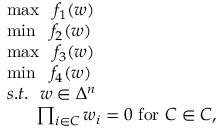
\begin{array} { r l } & { \operatorname* { m a x } ~ ~ f _ { 1 } ( w ) } \\ & { \operatorname* { m i n } ~ ~ f _ { 2 } ( w ) } \\ & { \operatorname* { m a x } ~ ~ f _ { 3 } ( w ) } \\ & { \operatorname* { m i n } ~ ~ f _ { 4 } ( w ) } \\ & { s . t . ~ ~ w \in \Delta ^ { n } } \\ & { ~ ~ ~ ~ ~ \prod _ { i \in C } w _ { i } = 0 ~ \mathrm { f o r } ~ C \in \cal { C } , } \end{array}